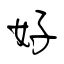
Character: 好